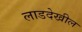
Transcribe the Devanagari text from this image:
लाडदेखील